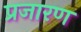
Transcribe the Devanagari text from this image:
प्रजारण